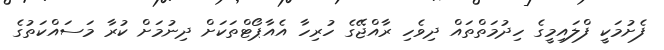
ފެށުމަކީ ފްލައިމީގެ ހިދުމަތްތައް ދިވެހި ރާއްޖޭގެ ހުރިހާ އެއާޕޯޓްތަކަށް ދިނުމަށް ކުރާ މަސައްކަތުގެ